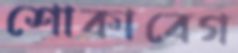
শোকাবেগ